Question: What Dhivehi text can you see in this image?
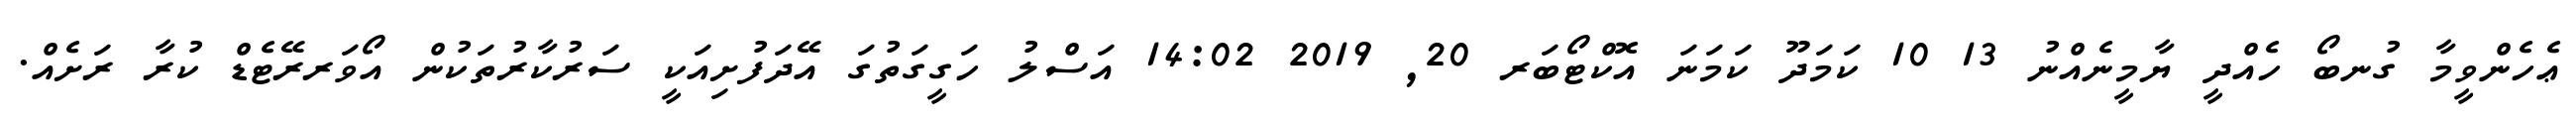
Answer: ޢެހެންވީމާ ގުނބޯ ހެއްދީ ޔާމީނެއްނު 13 10 ކަމަދޫ ކަމަނަ އޮކްޓޯބަރ 20, 2019 14:02 އަސްލު ހަގީގަތުގަ އޭދަފުށިއަކީ ސަރުކާރުތަކުން އޯވަރރޭޓެޑް ކުރާ ރަށެއް.